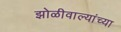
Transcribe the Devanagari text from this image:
झोळीवाल्यांच्या